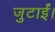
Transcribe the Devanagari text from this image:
जुटाईं।